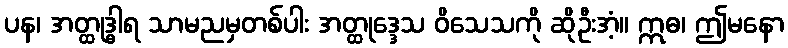
ပန၊ အတ္ထုဒ္ဓါရ သာမညမှတစ်ပါး အတ္ထုဒ္ဒေသ ဝိသေသကို ဆိုဦးအံ့။ ဣဓ၊ ဤမနော